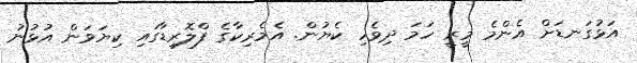
އަޅުގަނޑަށް އެންމެ މީރީ ހަމަ ދިވެހި ކެޔުން. އެމެރިކާގެ ފްލޮރިޑާގައި ކިޔަވަން އުޅުނު